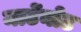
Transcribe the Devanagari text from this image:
मार्टेनोट